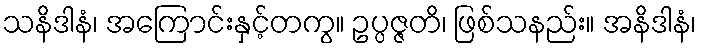
သနိဒါနံ၊ အကြောင်းနှင့်တကွ။ ဥပ္ပဇ္ဇတိ၊ ဖြစ်သနည်း။ အနိဒါနံ၊